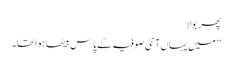
پھر بولا
” میں یہاں آنٹی صوفیہ کے پاس بیٹھا ہوا تھا۔